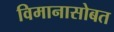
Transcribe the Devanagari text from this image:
विमानासोबत